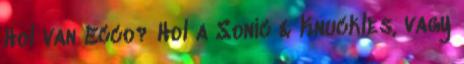
Hol van Ecco? Hol a Sonic & Knuckles, vagy